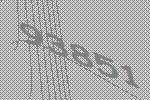
93851